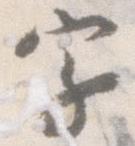
字